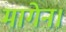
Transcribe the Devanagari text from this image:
मागेन।